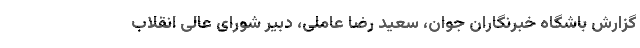
گزارش باشگاه خبرنگاران جوان، سعید رضا عاملی، دبیر شورای عالی انقلاب